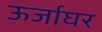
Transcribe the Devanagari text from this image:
ऊर्जाघर